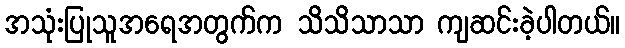
အသုံးပြုသူအရေအတွက်က သိသိသာသာ ကျဆင်းခဲ့ပါတယ်။